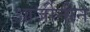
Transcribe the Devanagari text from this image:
आर्जीनीन